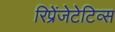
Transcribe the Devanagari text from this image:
रिप्रेंजेटेटिव्स